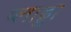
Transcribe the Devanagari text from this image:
प्लाड्डा